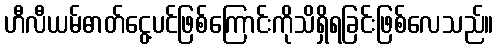
ဟီလီယမ်ဓာတ်ငွေ့ပင်ဖြစ်ကြောင်းကိုသိရှိရခြင်းဖြစ်လေသည်။